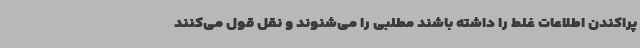
پراکندن اطلاعات غلط را داشته باشند مطلبی را می‌شنوند و نقل قول می‌کنند